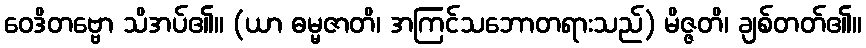
ဝေဒိတဗ္ဗော သိအပ်၏။ (ယာ ဓမ္မဇာတိ၊ အကြင်သဘောတရားသည်) မိဇ္ဇတိ၊ ချစ်တတ်၏။